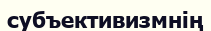
субъективизмнің